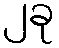
၂ခု